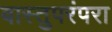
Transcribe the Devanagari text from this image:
वास्तुपरंपरा